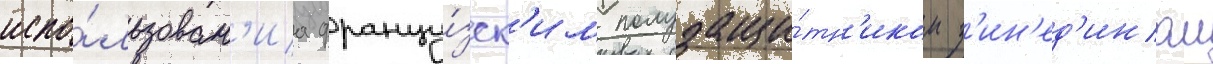
испо́льзован'иа францу́зск'им полузащи́тн'иком з'ин'ед'ином